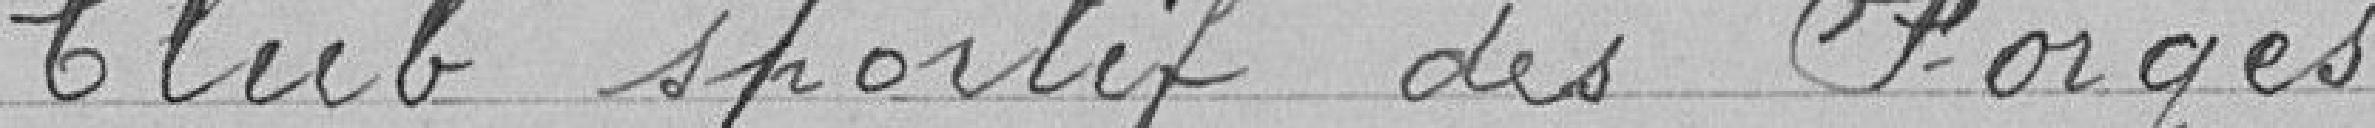
> Club sportif des Forges